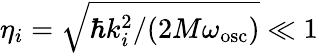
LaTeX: \eta_{i}=\sqrt{\hbar k_{i}^{2}/(2M\omega_{\mathrm{osc}})}\ll 1